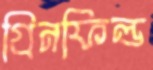
গ্রিনফিল্ড